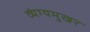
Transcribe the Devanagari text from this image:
व्यंग्यमुखर